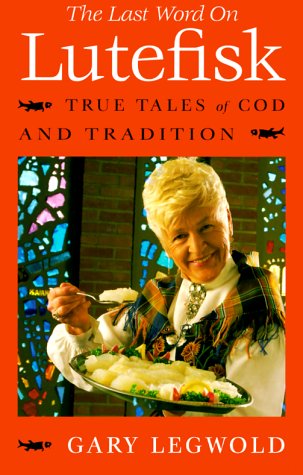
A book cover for The Last Word on Lutefisk: True Tales of Cod and Tradition; Gary Legwold; Humor & Entertainment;